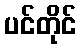
ပင်တိုင်